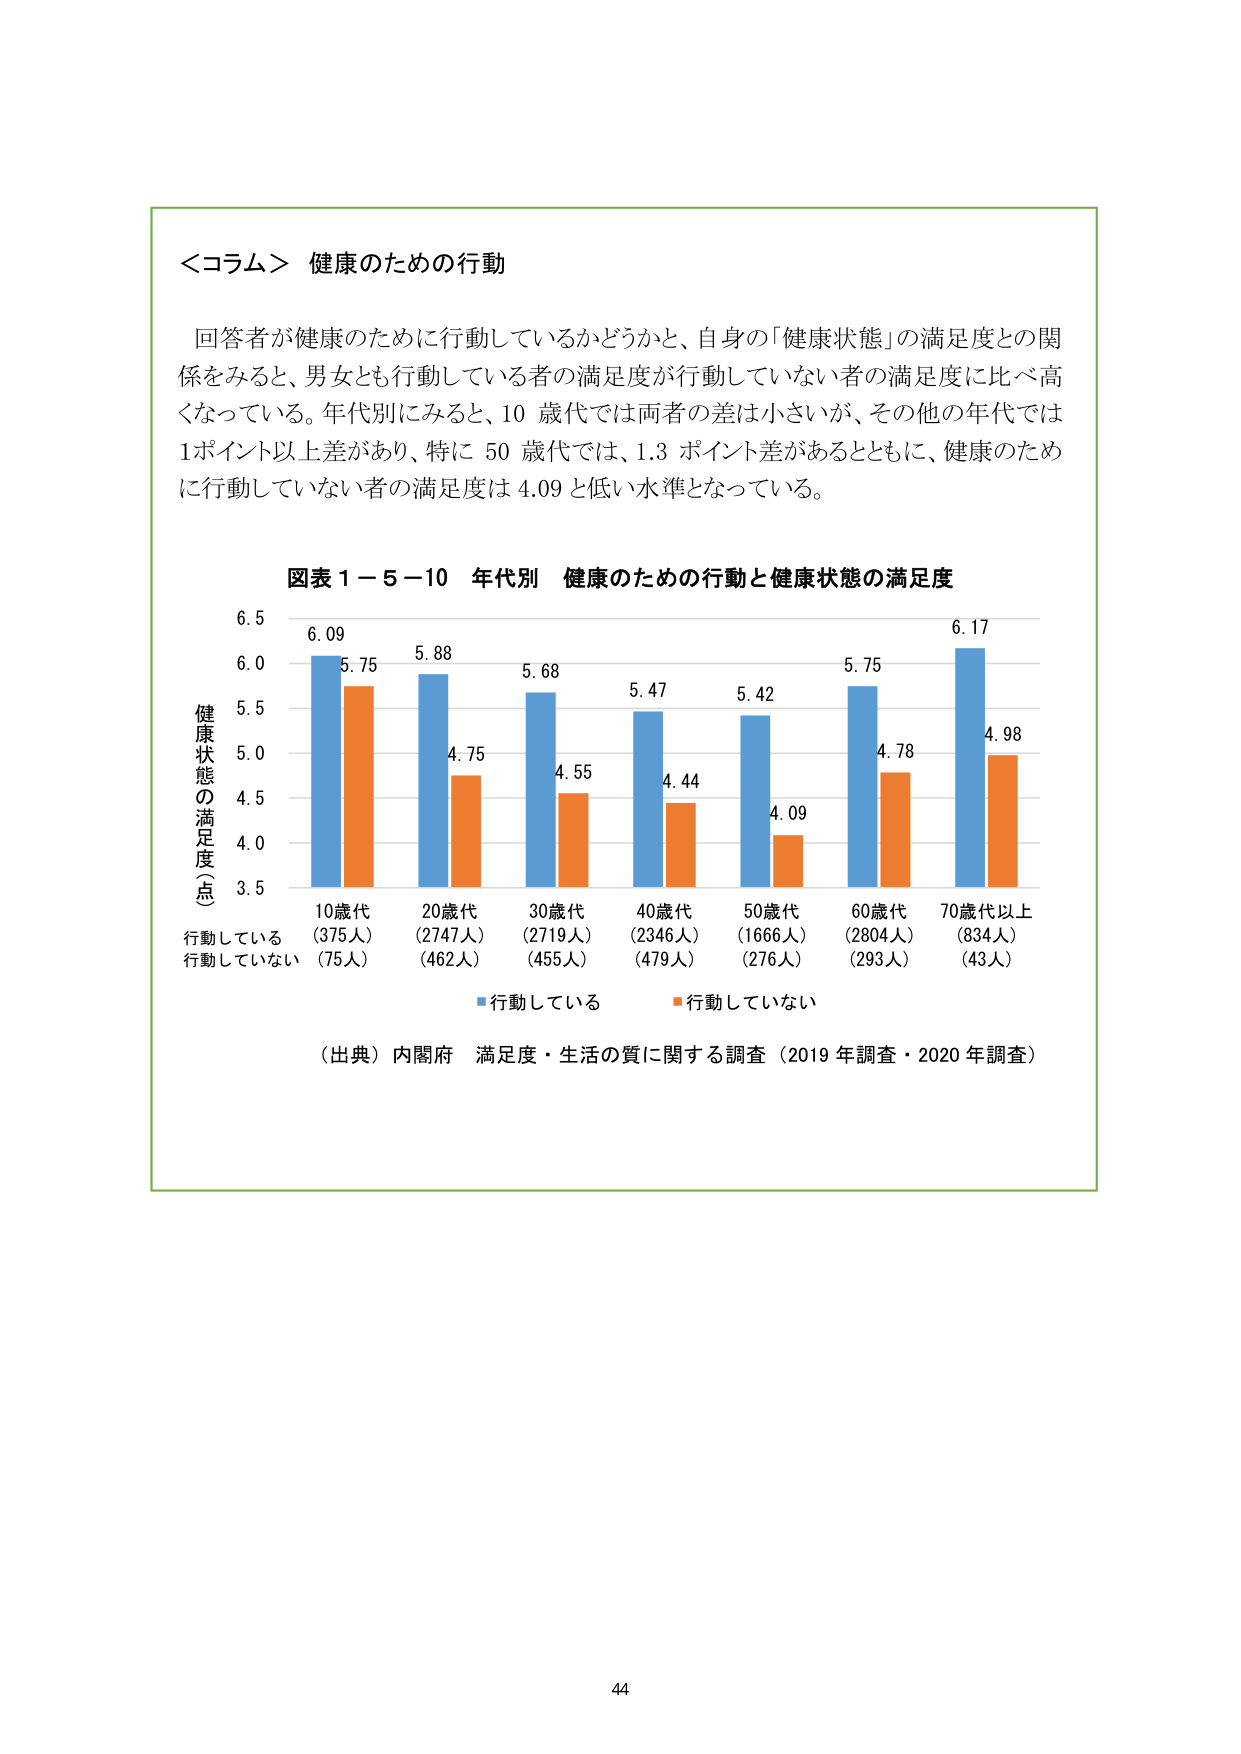
＜コラム＞ 健康のための行動

回答者が健康のために行動しているかどうか、自身の「健康状態」の満足度との関係をみると、男女とも行動している者の満足度が行動していない者の満足度に比べ高くなっている。年代別にみると、10 歳代では両者の差は小さいが、その他の年代では1ポイント以上差があり、特に 50 歳代では、1.3 ポイント差があるとともに、健康のために行動していない者の満足度は 4.09 と低い水準となっている。

図表１－５－10 年代別 健康のための行動と健康状態の満足度

健康状態の満足度（点）
6.5
6.0
5.5
5.0
4.5
4.0
3.5

10歳代
行動している （375人）
行動していない （75人）

20歳代
行動している （2747人）
行動していない （462人）

30歳代
行動している （2719人）
行動していない （455人）

40歳代
行動している （2346人）
行動していない （479人）

50歳代
行動している （1666人）
行動していない （276人）

60歳代
行動している （2804人）
行動していない （293人）

70歳代以上
行動している （834人）
行動していない （43人）

■行動している
■行動していない

（出典）内閣府 満足度・生活の質に関する調査（2019年調査・2020年調査）

44